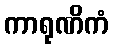
ကာရုဏိကံ